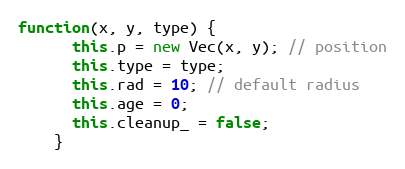
Language: JavaScript
function(x, y, type) {
      this.p = new Vec(x, y); // position
      this.type = type;
      this.rad = 10; // default radius
      this.age = 0;
      this.cleanup_ = false;
    }